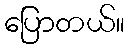
ပြောတယ်။